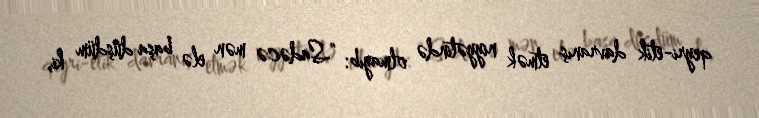
qeyri-etik davranış etmək niyyətində olmayıb: “Sadəcə mən elə başa düşdüm ki,